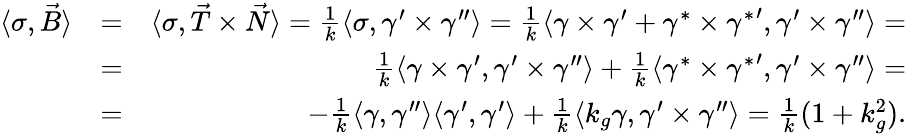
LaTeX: \begin{array}{rlr}{\langle\sigma,\vec{B}\rangle}&{=}&{\langle\sigma,\vec{T}\times\vec{N}\rangle=\frac 1k\langle\sigma,\gamma^{\prime}\times\gamma^{\prime\prime}\rangle=\frac 1k\langle\gamma\times\gamma^{\prime}+\gamma^{*}\times{\gamma^{*}}^{\prime},\gamma^{\prime}\times\gamma^{\prime\prime}\rangle=}\\ &{=}&{\frac 1k\langle\gamma\times\gamma^{\prime},\gamma^{\prime}\times\gamma^{\prime\prime}\rangle+\frac 1k\langle\gamma^{*}\times{\gamma^{*}}^{\prime},\gamma^{\prime}\times\gamma^{\prime\prime}\rangle=}\\ &{=}&{-\frac 1k\langle\gamma,\gamma^{\prime\prime}\rangle\langle\gamma^{\prime},\gamma^{\prime}\rangle+\frac 1k\langle k_{g}\gamma,\gamma^{\prime}\times\gamma^{\prime\prime}\rangle=\frac 1k(1+k_{g}^{2}).}\end{array}